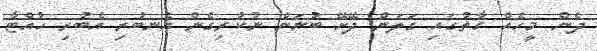
ދެން މީހެއް ގާތުގައި ގަލަން ދޭށޭ ބުނަން ނުކުރިގެން އެނބުރި އެބުރި ހުއްޓާ